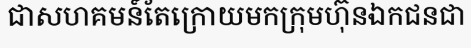
ជាសហគមន៍តែក្រោយមកក្រុមហ៊ុនឯកជនជា